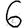
Digit: 6